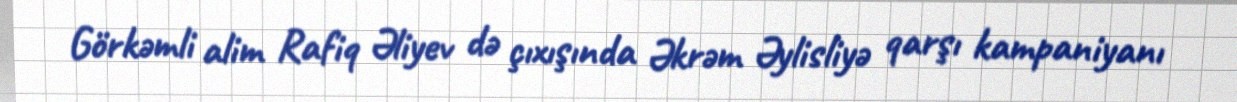
Görkəmli alim Rafiq Əliyev də çıxışında Əkrəm Əylisliyə qarşı kampaniyanı